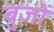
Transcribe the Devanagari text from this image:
बुजों